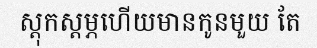
ស្តុកស្តម្ភហើយមានកូនមួយ តែ